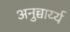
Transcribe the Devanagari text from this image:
अनुच्चार्य्य